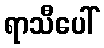
ရာသီပေါ်